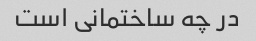
در چه ساختمانی است